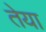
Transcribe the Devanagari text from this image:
तेया